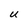
Character: U